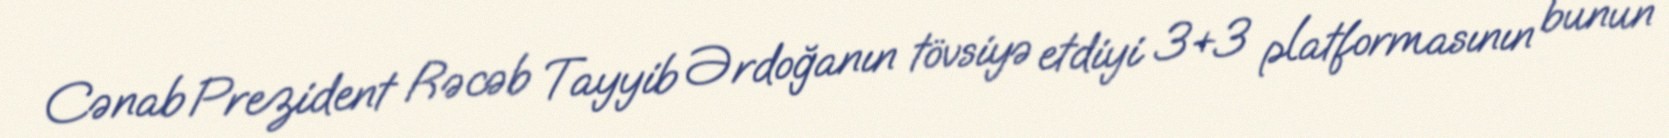
Cənab Prezident Rəcəb Tayyib Ərdoğanın tövsiyə etdiyi 3+3 platformasının bunun